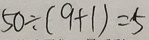
5 0 \div ( 9 + 1 ) = 5